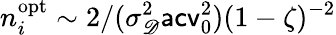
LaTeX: n_{i}^{\mathrm{opt}}\sim 2/(\sigma_{\mathscr D}^{2}\mathsf{acv}_{0}^{2})(1-\zeta)^{-2}